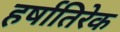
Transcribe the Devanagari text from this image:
हर्षातिरेक